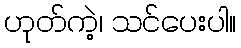
ဟုတ်ကဲ့၊ သင်ပေးပါ။